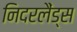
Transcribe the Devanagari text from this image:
निदरलैंड्स